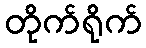
တိုက်ရိုက်